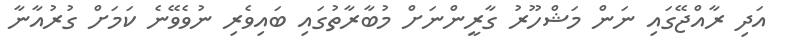
އަދި ރާއްޖޭގައި ނަން މަޝްހޫރު ގާރީންނަށް މުބާރާތުގައި ބައިވެރި ނުވެވޭނެ ކަމަށް ގުރުއާނާ